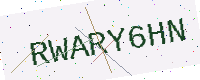
Text: RWARY6HN